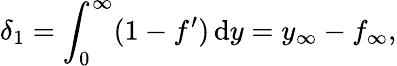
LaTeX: \delta_{1}=\int_{0}^{\infty}(1-f^{\prime})\, \textrm{d}y=y_{\infty}-f_{\infty},